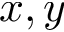
x , y